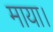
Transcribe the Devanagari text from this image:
माया।